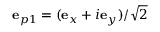
{ \bf e } _ { p 1 } = ( { \bf e } _ { x } + i { \bf e } _ { y } ) / \sqrt { 2 }